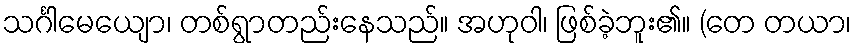
သင်္ဂါမေယျော၊ တစ်ရွာတည်းနေသည်။ အဟုဝါ၊ ဖြစ်ခဲ့ဘူး၏။ (တေ တယာ၊